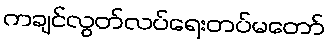
ကချင်လွတ်လပ်ရေးတပ်မတော်